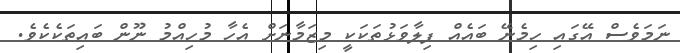
ނަމަވެސް އޭގައި ހިމެނޭ ބައެއް ފިލާވަޅުތަކަކީ މިޒަމާނަށް އެހާ މުހިއްމު ނޫން ބައިތަކެކެވެ.